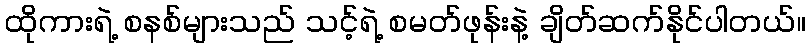
ထိုကားရဲ့ စနစ်များသည် သင့်ရဲ့ စမတ်ဖုန်းနဲ့ ချိတ်ဆက်နိုင်ပါတယ်။